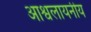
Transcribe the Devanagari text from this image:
आश्वलायनीय